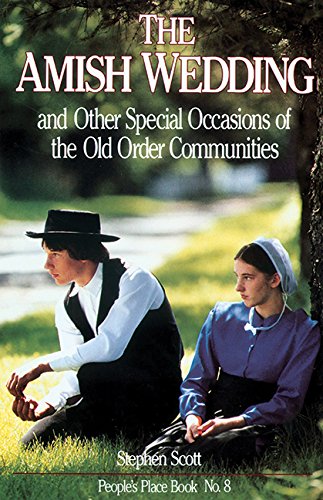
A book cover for Amish Wedding & Other Special Occasions: of the Old Order Communities (People's Place Book); Stephen Scott; Crafts, Hobbies & Home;